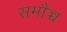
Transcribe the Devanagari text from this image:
समौच्च